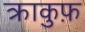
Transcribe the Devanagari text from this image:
क्राकुफ़